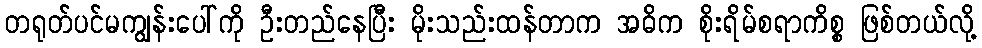
တရုတ်ပင်မကျွန်းပေါ်ကို ဦးတည်နေပြီး မိုးသည်းထန်တာက အဓိက စိုးရိမ်စရာကိစ္စ ဖြစ်တယ်လို့